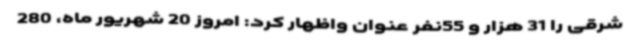
شرقی را 31 هزار و 55نفر عنوان واظهار کرد: امروز 20 شهریور ماه، 280